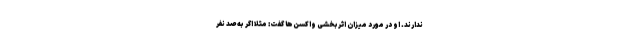
ندارند. او در مورد میزان اثربخشی واکسن‌ها گفت: مثلا اگر به صد نفر